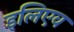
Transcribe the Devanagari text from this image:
इलिएव